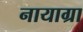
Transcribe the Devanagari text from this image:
नायाग्रा